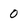
Character: 0